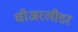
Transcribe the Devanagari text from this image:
चीअरलीडर